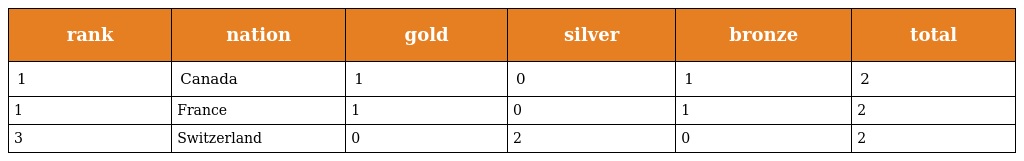
| rank | nation | gold | silver | bronze | total |
 | --- | --- | --- | --- | --- | --- |
 | 1 | Canada | 1 | 0 | 1 | 2 |
 | 1 | France | 1 | 0 | 1 | 2 |
 | 3 | Switzerland | 0 | 2 | 0 | 2 |